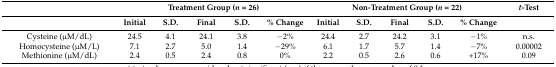
<table><thead><tr><td></td><td colspan="5"><b>Treatment Group (<i>n</i> = 26)</b></td><td colspan="5"><b>Non-Treatment Group (<i>n</i> = 22)</b></td><td><b><i>t</i>-Test</b></td></tr><tr><td></td><td><b>Initial</b></td><td><b>S.D.</b></td><td><b>Final</b></td><td><b>S.D.</b></td><td><b>% Change</b></td><td><b>Initial</b></td><td><b>S.D.</b></td><td><b>Final</b></td><td><b>S.D.</b></td><td><b>% Change</b></td><td></td></tr></thead><tbody><tr><td>Cysteine (μM/dL)</td><td>24.5</td><td>4.1</td><td>24.1</td><td>3.8</td><td>−2%</td><td>24.4</td><td>2.7</td><td>24.2</td><td>3.1</td><td>−1%</td><td>n.s.</td></tr><tr><td>Homocysteine (μM/L)</td><td>7.1</td><td>2.7</td><td>5.0</td><td>1.4</td><td>−29%</td><td>6.1</td><td>1.7</td><td>5.7</td><td>1.4</td><td>−7%</td><td>0.00002</td></tr><tr><td>Methionine (μM/dL)</td><td>2.4</td><td>0.5</td><td>2.4</td><td>0.8</td><td>0%</td><td>2.2</td><td>0.5</td><td>2.6</td><td>0.6</td><td>+17%</td><td>0.09</td></tr></tbody></table>